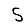
Digit: 5